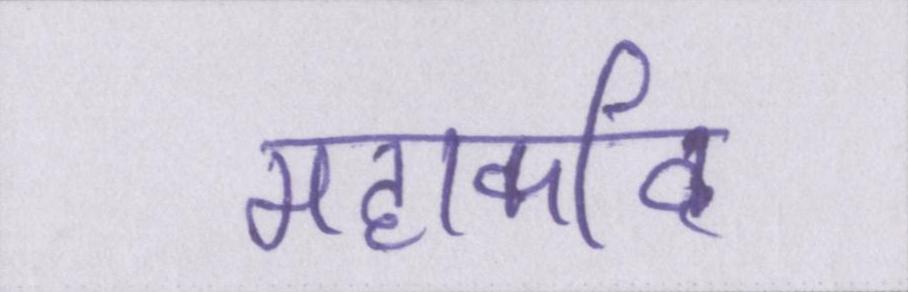
महाकवि